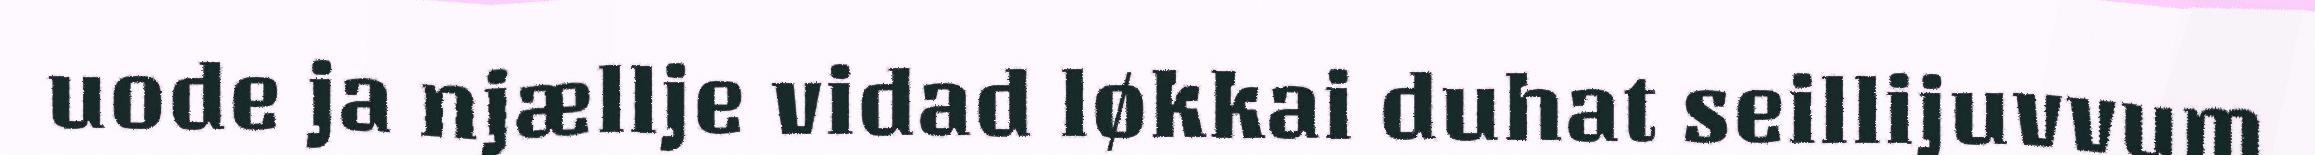
uode ja njællje vidad løkkai duhat seillijuvvum